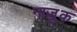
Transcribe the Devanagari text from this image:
नाजु़क